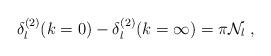
LaTeX: \begin{align*}\delta^{(2)}_{l}(k=0) -\delta^{(2)}_{l}(k=\infty) = \pi {\mathcal N}_{l}\; ,\end{align*}